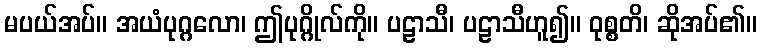
မပယ်အပ်။ အယံပုဂ္ဂလော၊ ဤပုဂ္ဂိုလ်ကို။ ပဠာသီ၊ ပဠာသီဟူ၍။ ဝုစ္စတိ၊ ဆိုအပ်၏။